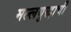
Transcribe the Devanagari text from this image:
मल्लयुद्धाची